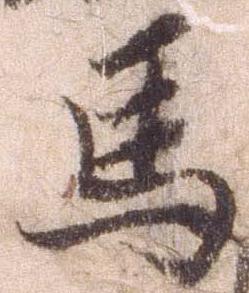
馬